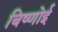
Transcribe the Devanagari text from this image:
बिष्णोई